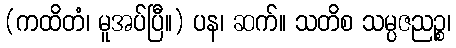
(ကထိတံ၊ မူအပ်ပြီ။) ပန၊ ဆက်။ သတိစ သမ္ပဇညဉ္စ၊